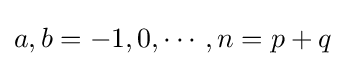
a,b=-1,0,\cdots ,n=p+q